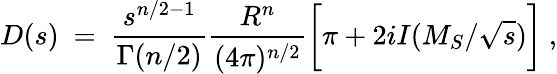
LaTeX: D(s)\ =\ {\frac{s^{n/2-1}}{\Gamma(n/2)}}{\frac{R^{n}}{(4\pi)^{n/2}}}\biggl[\pi+2iI(M_{S}/\sqrt{s})\biggr]\ ,